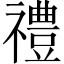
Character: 禮